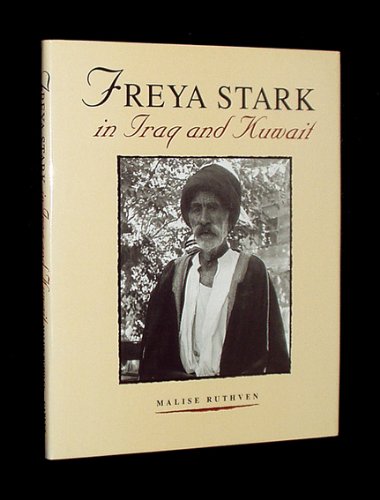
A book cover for Freya Stark in Iraq & Kuwait; Malise Ruthven; Travel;